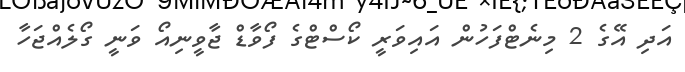
އަދި އޭގެ 2 މިނެޓްފަހުން އައިވަރީ ކޯސްޓްގެ ފޯވާޑް ޖާވީނިއޯ ވަނީ ގޯލެއްޖަހާ